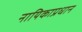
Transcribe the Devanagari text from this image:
नायिकाप्रधान